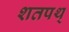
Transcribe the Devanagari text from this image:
शतपथ्